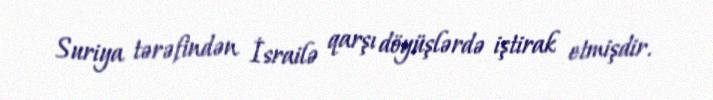
Suriya tərəfindən İsrailə qarşı döyüşlərdə iştirak etmişdir.